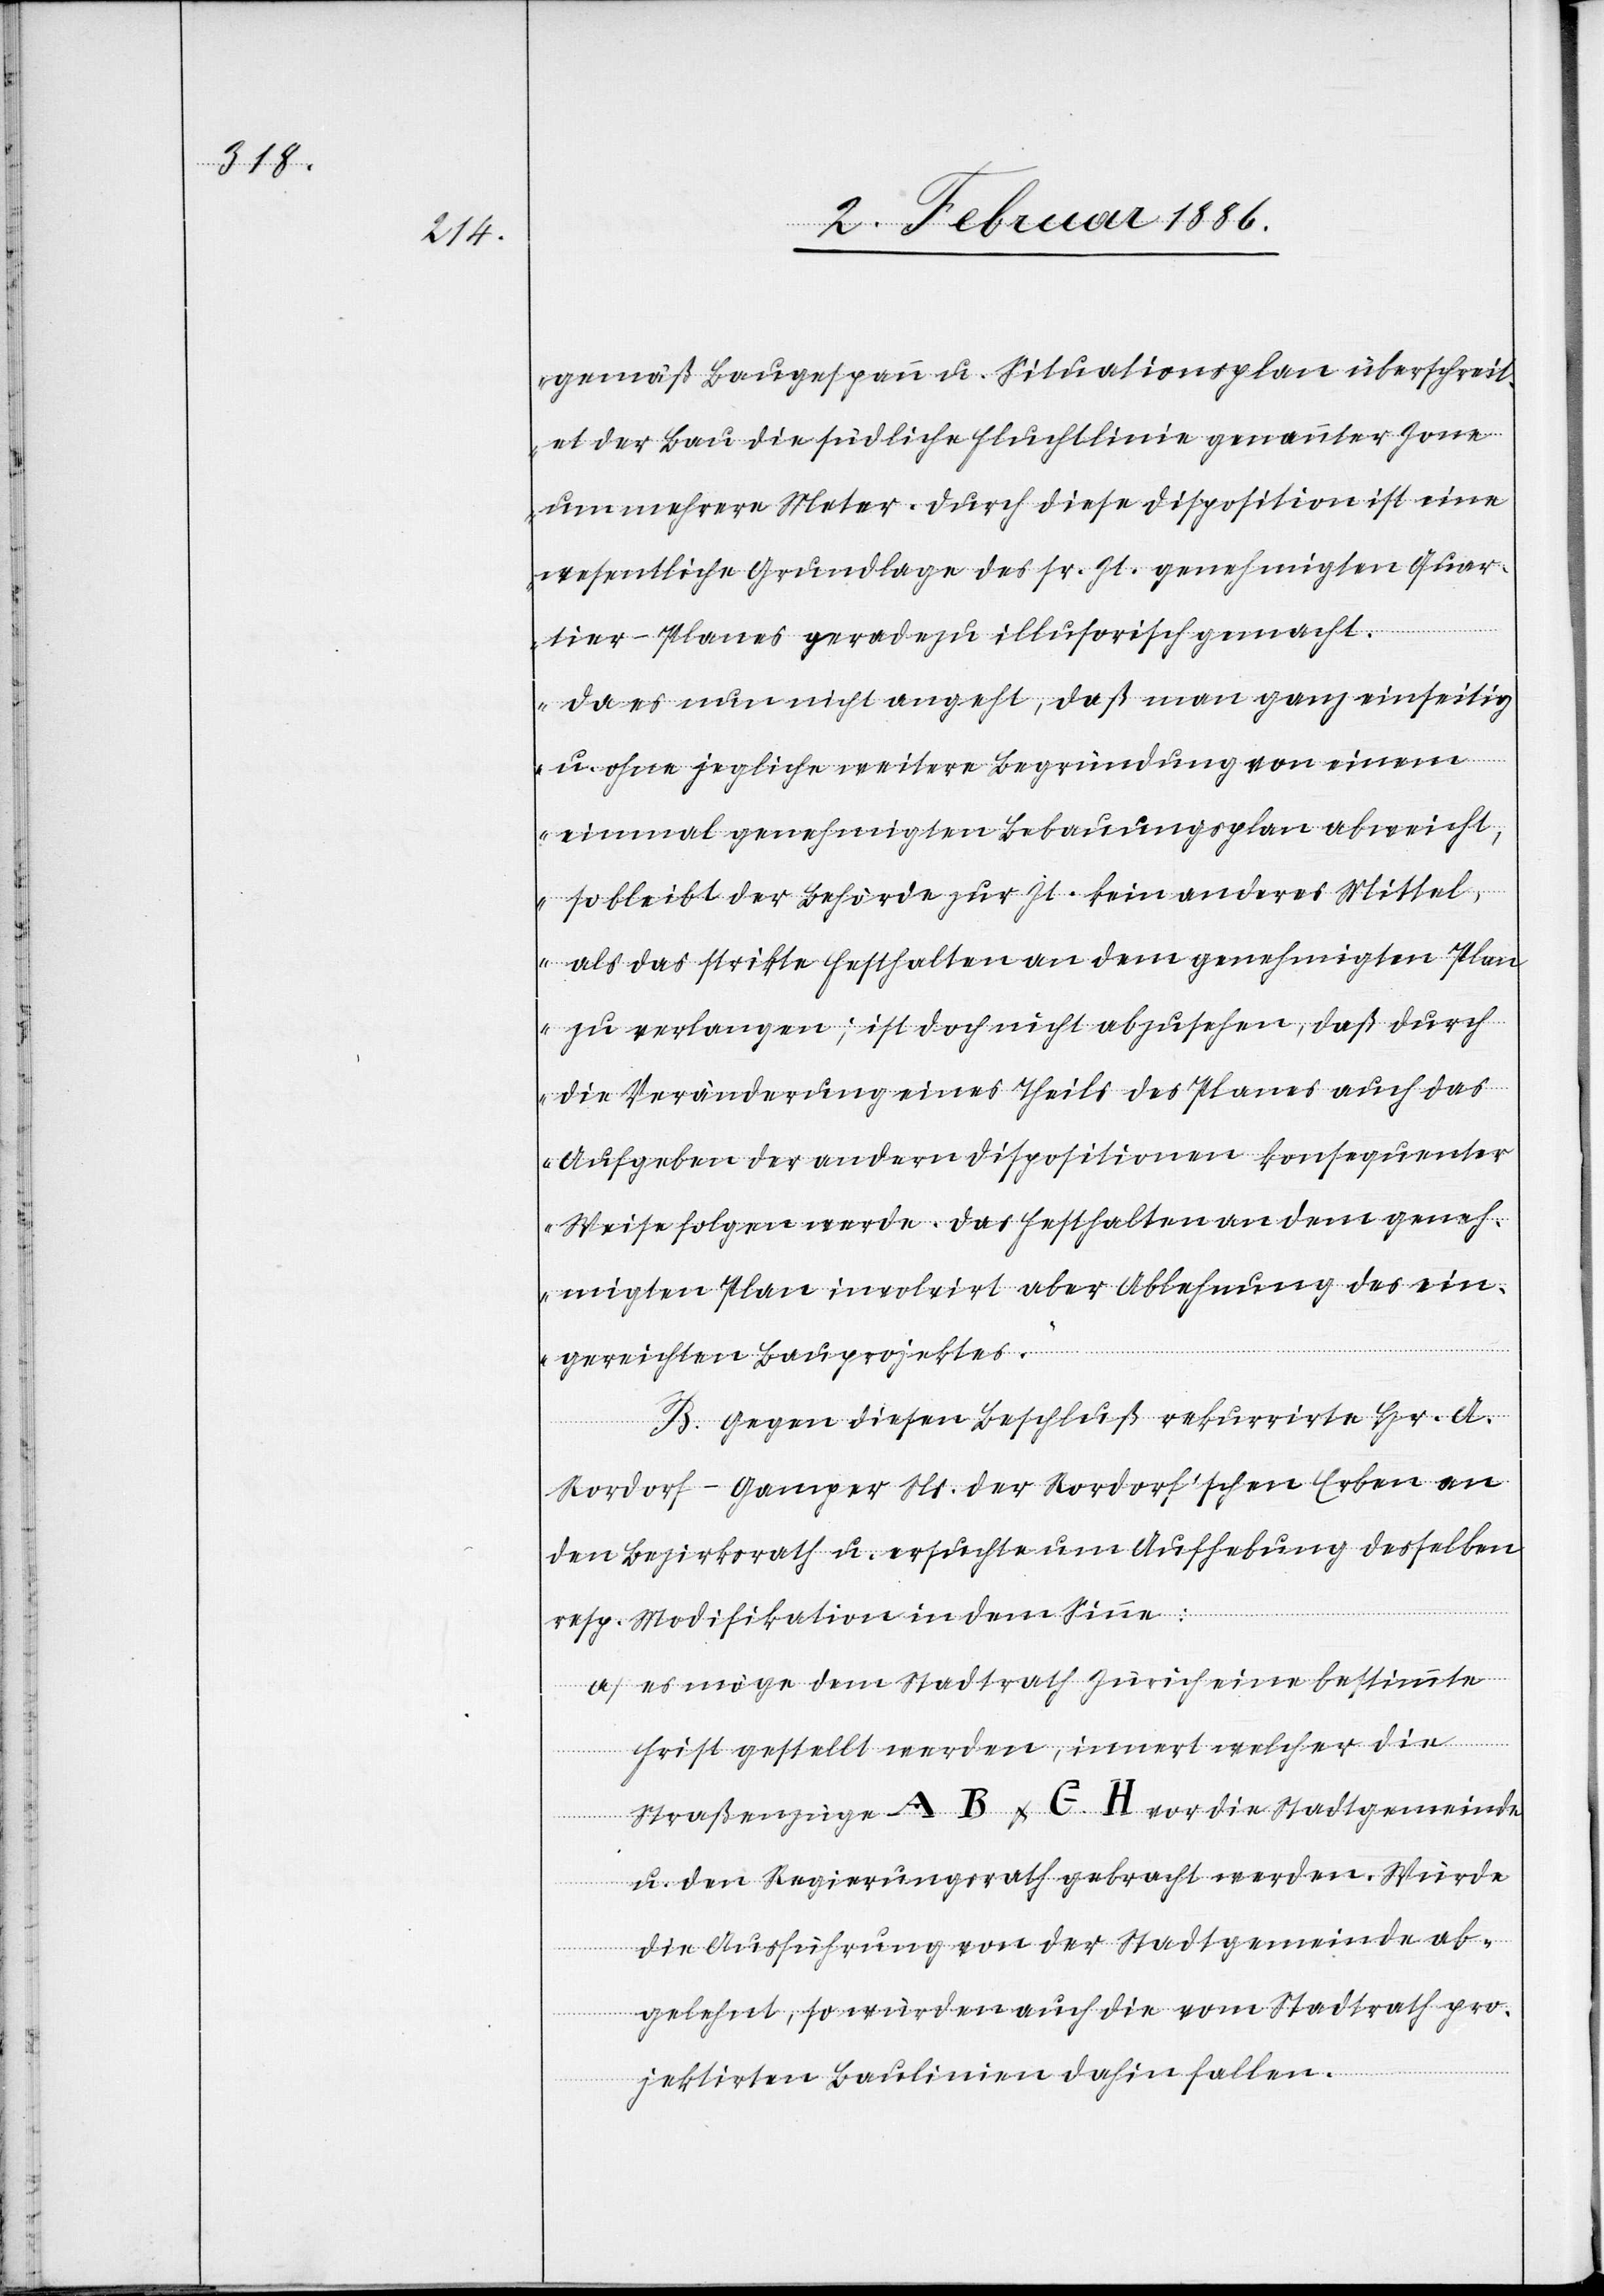
gemäß Baugespann u. Situationsplan überschreit¬
et der Bau die südliche Fluchtlinie genannter Zone
um mehrere Meter. Durch diese Disposition ist eine
wesentliche Grundlage des sr. Zt. genehmigten Quar¬
tier-Planes geradezu illusorisch gemacht.
Da es nun nicht angeht, daß man ganz einseitig
u.
ohne jegliche weitere Begründung von einem
einmal genehmigten Bebauungsplan abweicht,
so bleibt der Behörde zur Zt. kein anderes Mittel,
als das strikte Festhalten an dem genehmigten Pla¬
n zu verlangen; ist doch nicht abzusehen, daß durch
die Veränderung eines Theils des Planes auch das
Aufgeben der andern Dispositionen konsequenter
Weise folgen werde. Das Festhalten an dem geneh¬
migten Plan involviert aber Ablehnung des ein¬
gereichten Bauprojektes.“
B. Gegen diesen Beschluß rekurrirte Hr. A.
Rordorf-Gamper Ns. der Rordorf’schen Erben an
den Bezirksrath u. ersuchte um Aufhebung desselben
resp. Modifikation in dem Sinne:
a) Es möge dem Stadtrath Zürich eine bestimmte
Frist gestellt werden, innert welcher die
Straßenzüge A B & G H vor die Stadtgemeinde
u. den Regierungsrath gebracht werden. Würde
die Ausführung von der Stadtgemeinde ab¬
gelehnt, so würden auch die vom Stadtrath pro¬
jektierten Baulinien dahin fallen.